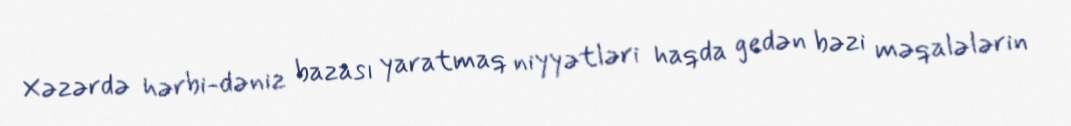
Xəzərdə hərbi-dəniz bazası yaratmaq niyyətləri haqda gedən bəzi məqalələrin